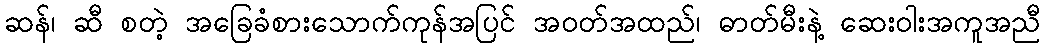
ဆန်၊ ဆီ စတဲ့ အခြေခံစားသောက်ကုန်အပြင် အဝတ်အထည်၊ ဓာတ်မီးနဲ့ ဆေးဝါးအကူအညီ